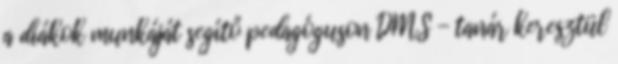
a diákok munkáját segítő pedagóguson DMS - tanár keresztül